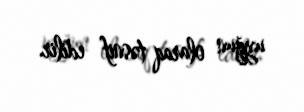
uyğun olaraq təsnif edilir.